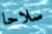
سلاحا